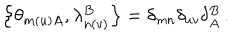
\left\{ \theta _ { m ( u ) A } , \lambda _ { n ( v ) } ^ { B } \right\} = \delta _ { m n } \delta _ { u v } \delta _ { A } ^ { B } \, .